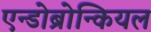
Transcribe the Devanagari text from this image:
एन्डोब्रोन्कियल